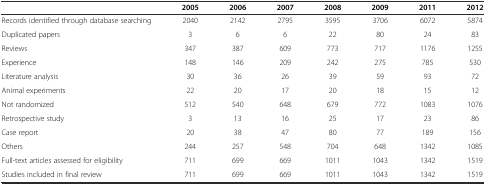
<table><thead><tr><td></td><td><b>2005</b></td><td><b>2006</b></td><td><b>2007</b></td><td><b>2008</b></td><td><b>2009</b></td><td><b>2011</b></td><td><b>2012</b></td></tr></thead><tbody><tr><td>Records identified through database searching</td><td>2040</td><td>2142</td><td>2795</td><td>3595</td><td>3706</td><td>6072</td><td>5874</td></tr><tr><td>Duplicated papers</td><td>3</td><td>6</td><td>6</td><td>22</td><td>80</td><td>24</td><td>83</td></tr><tr><td>Reviews</td><td>347</td><td>387</td><td>609</td><td>773</td><td>717</td><td>1176</td><td>1255</td></tr><tr><td>Experience</td><td>148</td><td>146</td><td>209</td><td>242</td><td>275</td><td>785</td><td>530</td></tr><tr><td>Literature analysis</td><td>30</td><td>36</td><td>26</td><td>39</td><td>59</td><td>93</td><td>72</td></tr><tr><td>Animal experiments</td><td>22</td><td>20</td><td>17</td><td>20</td><td>18</td><td>15</td><td>12</td></tr><tr><td>Not randomized</td><td>512</td><td>540</td><td>648</td><td>679</td><td>772</td><td>1083</td><td>1076</td></tr><tr><td>Retrospective study</td><td>3</td><td>13</td><td>16</td><td>25</td><td>17</td><td>23</td><td>86</td></tr><tr><td>Case report</td><td>20</td><td>38</td><td>47</td><td>80</td><td>77</td><td>189</td><td>156</td></tr><tr><td>Others</td><td>244</td><td>257</td><td>548</td><td>704</td><td>648</td><td>1342</td><td>1085</td></tr><tr><td>Full-text articles assessed for eligibility</td><td>711</td><td>699</td><td>669</td><td>1011</td><td>1043</td><td>1342</td><td>1519</td></tr><tr><td>Studies included in final review</td><td>711</td><td>699</td><td>669</td><td>1011</td><td>1043</td><td>1342</td><td>1519</td></tr></tbody></table>